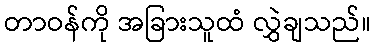
တာဝန်ကို အခြားသူထံ လွှဲချသည်။